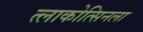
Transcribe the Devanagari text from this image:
त्लाकोत्सिनला